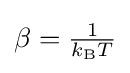
{\textstyle \beta ={\frac {1}{k_{\text{B}}T}}}